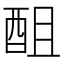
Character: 䣯